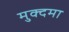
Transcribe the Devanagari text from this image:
मुक्दमा